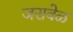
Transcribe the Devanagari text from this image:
जरावेळ